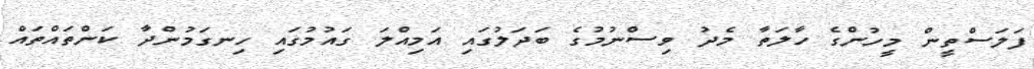
ފަލަސްތީން މީހުންގެ ހާލަތާ މެދު ވިސްނުމުގެ ބަދަލުގައި އަމިއްލަ ގައުމުގައި ހިނގަމުންދާ ކަންތައްތައް